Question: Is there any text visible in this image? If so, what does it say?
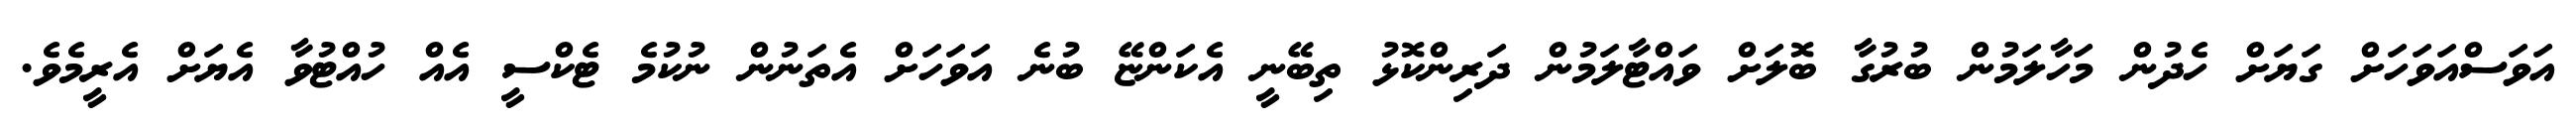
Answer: އަވަސްއަވަހަށް ގަޔަށް ހެދުން މަހާލަމުން ބުރުގާ ބޮލަށް ވައްޓާލަމުން ދަރިންކޮޅު ތިބޭނީ އެކަންޏޭ ބުނެ އަވަހަށް އެތަނުން ނުކުމެ ޓެކްސީ އެއް ހުއްޓުވާ އެޔަށް އެރީމެވެ.